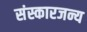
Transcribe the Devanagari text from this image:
संस्कारजन्य